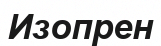
Изопрен